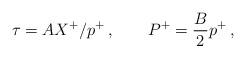
LaTeX: \begin{align*}\tau = A X^+/ p^+ \, , \quad \quad P^+ = \frac{B}{2} p^+ \, ,\end{align*}